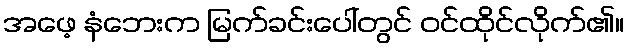
အဖေ့ နံဘေးက မြက်ခင်းပေါ်တွင် ဝင်ထိုင်လိုက်၏။